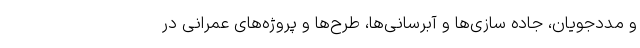
و مددجویان، جاده سازی‌ها و آبرسانی‌ها، طرح‌ها و پروژه‌های عمرانی در